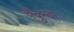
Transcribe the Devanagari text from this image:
चेबुन्दो